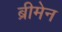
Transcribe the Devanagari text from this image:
ब्रीमेन